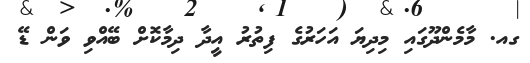
ގއ. މާމެންދޫގައި މިދިޔަ އަހަރުގެ ފިތުރު އީދާ ދިމާކޮށް ބޭއްވި ވަން ޑޭ